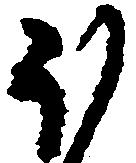
ほ